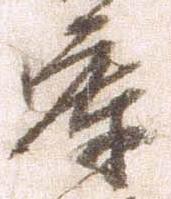
庫